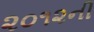
૨૦૧૨ની